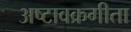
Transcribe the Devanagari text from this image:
अष्टावक्रगीता